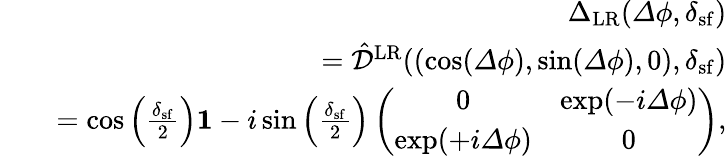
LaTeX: \begin{array}{rlr}&{}&{{\Delta}_{\mathrm{LR}}({\mathit\Delta\phi},\delta_{\mathrm{sf}})}\\ &{}&{=\hat{\mathcal{D}}^{\mathrm{LR}}((\cos({\mathit\Delta\phi}),\sin({\mathit\Delta\phi}),0),\delta_{\mathrm{sf}})}\\ &{}&{=\cos\left(\frac{\delta_{\mathrm{sf}}}{2}\right){\mathbf 1}-i\sin\left(\frac{\delta_{\mathrm{sf}}}{2}\right)\left(\begin{array}{cc}{0}&{\exp(-i{\mathit\Delta\phi})}\\ {\exp(+i{\mathit\Delta\phi})}&{0}\end{array}\right),}\end{array}